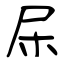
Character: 杘